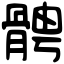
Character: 𩩍